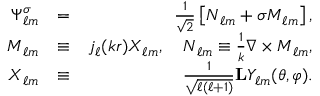
\begin{array} { r l r } { \boldsymbol { \Psi } _ { \ell m } ^ { \sigma } } & { = } & { \frac { 1 } { \sqrt { 2 } } \left[ { \boldsymbol { N } } _ { \ell m } + \sigma { \boldsymbol { M } } _ { \ell m } \right] , } \\ { { \boldsymbol { M } } _ { \ell m } } & { \equiv } & { j _ { \ell } ( k r ) \boldsymbol { X } _ { \ell m } , \quad { \boldsymbol { N } } _ { \ell m } \equiv \frac { 1 } { k } \boldsymbol { \nabla } \times { \boldsymbol { M } } _ { \ell m } , } \\ { \boldsymbol { X } _ { \ell m } } & { \equiv } & { \frac { 1 } { \sqrt { \ell ( \ell + 1 ) } } { \bf { L } } Y _ { \ell m } ( \theta , \varphi ) . } \end{array}